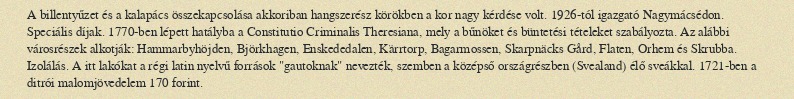
A billentyűzet és a kalapács összekapcsolása akkoriban hangszerész körökben a kor nagy kérdése volt. 1926-tól igazgató Nagymácsédon. Speciális díjak. 1770-ben lépett hatályba a Constitutio Criminalis Theresiana, mely a bűnöket és büntetési tételeket szabályozta. Az alábbi városrészek alkotják: Hammarbyhöjden, Björkhagen, Enskededalen, Kärrtorp, Bagarmossen, Skarpnäcks Gård, Flaten, Orhem és Skrubba. Izolálás. A itt lakókat a régi latin nyelvű források "gautoknak" nevezték, szemben a középső országrészben (Svealand) élő sveákkal. 1721-ben a ditrói malomjövedelem 170 forint.